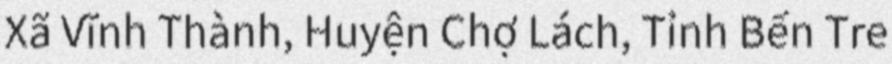
Xã Vĩnh Thành, Huyện Chợ Lách, Tỉnh Bến Tre